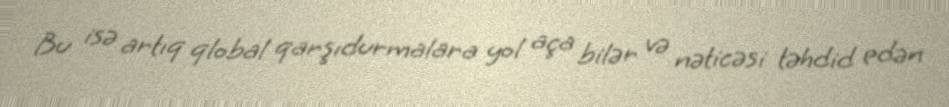
Bu isə artıq qlobal qarşıdurmalara yol aça bilər və nəticəsi təhdid edən